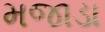
મજાડા